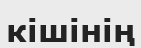
кішінің